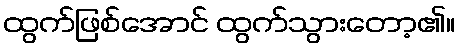
ထွက်ဖြစ်အောင် ထွက်သွားတော့၏။